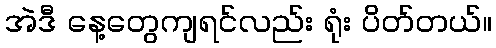
အဲဒီ နေ့တွေကျရင်လည်း ရုံး ပိတ်တယ်။